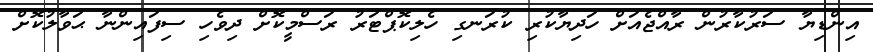
އިންޑިޔާ ސަރުކާރުން ރާއްޖެއަށް ހަދިޔާކުރި ކުރަނގި ހެލިކޮޕްޓަރު ރަސްމީކޮށް ދިވެހި ސިފައިންނާ ޙަވާލުކޮށް